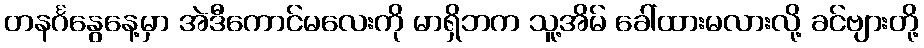
တနင်္ဂနွေနေ့မှာ အဲဒီကောင်မလေးကို မာရှိဘက သူ့အိမ် ခေါ်ထားမလားလို့ ခင်ဗျားတို့